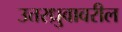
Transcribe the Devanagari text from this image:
उत्तरध्रुवावरील